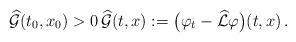
LaTeX: \begin{align*}\widehat{\mathcal{G}}(t_0,x_0)>0\, \widehat{\mathcal{G}}(t,x) := \big(\varphi_t-\widehat{\mathcal{L}}\varphi\big)(t,x)\,.\end{align*}